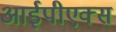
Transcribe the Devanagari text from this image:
आईपीएक्स